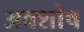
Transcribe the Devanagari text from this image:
अवशोष